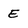
Character: E